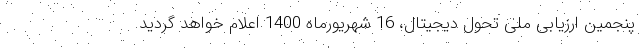
پنجمین ارزیابی ملی تحول دیجیتال، 16 شهریورماه 1400 اعلام خواهد گردید.